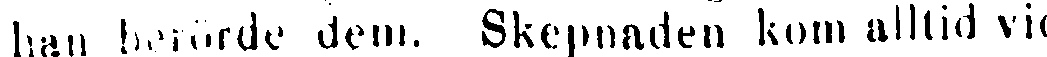
han berörde dem. Skepnaden kom alltid vid